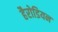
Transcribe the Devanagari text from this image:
हैरोडियन